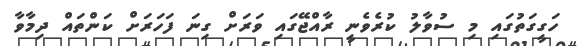
ހަގީގަތުގައި މި ސުވާލު ކުރެވެނީ ރާއްޖޭގައި ވަރަށް ގިނަ ފަހަރަށް ކަންތައް ދިމާވާ